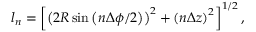
l _ { n } = \left[ \left( 2 R \sin \left( n \Delta \phi / 2 \right) \right) ^ { 2 } + \left( n \Delta z \right) ^ { 2 } \right] ^ { 1 / 2 } ,